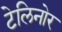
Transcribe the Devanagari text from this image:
टेलिनोर